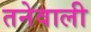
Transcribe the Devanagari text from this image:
तनेवाली